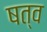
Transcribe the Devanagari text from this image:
षत्व